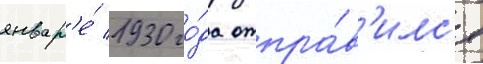
январ'е́ 1930 го́да отпра́в'илс'я